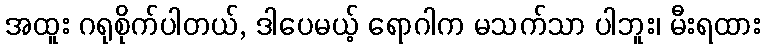
အထူး ဂရုစိုက်ပါတယ်, ဒါပေမယ့် ရောဂါက မသက်သာ ပါဘူး၊ မီးရထား